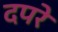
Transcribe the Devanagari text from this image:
दपरे